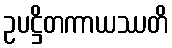
ဥပဋ္ဌိတကာယဿတိ